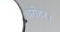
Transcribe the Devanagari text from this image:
धरोहर।